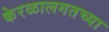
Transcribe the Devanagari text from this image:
केरळालगतच्या